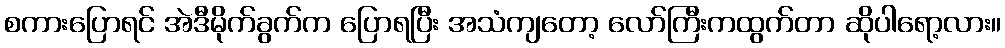
စကားပြောရင် အဲဒီမိုက်ခွက်က ပြောရပြီး အသံကျတော့ လော်ကြီးကထွက်တာ ဆိုပါရော့လား။